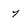
Character: 7